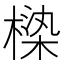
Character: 𰘏